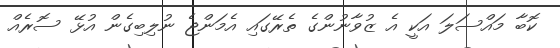
ކޮބާ މައްސަލަ އަކީ އެ ޒުވާނުންގެ ތެރޭގައި އެމަންޖެ ނުލިބިގެން އުޅޭ ސޮރެއް